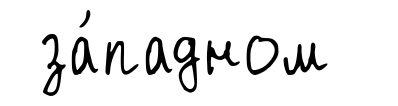
за́падном